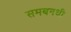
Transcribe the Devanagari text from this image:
समबनधी